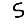
Digit: 5